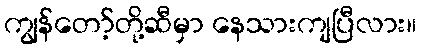
ကျွန်တော့်တို့ဆီမှာ နေသားကျပြီလား။